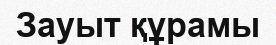
Зауыт құрамы